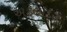
અટલાદરા